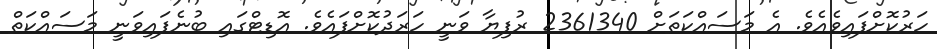
ހަަރުކޮށްފައިވެއެވެ. އެ މަސައްކަތަށް 2361340 ރުފިޔާ ވަނީ ހަރަދުކޮށްފައެވެ. އޮޑިޓްގައި ބުނެފައިވަނީ މަސައްކަތް